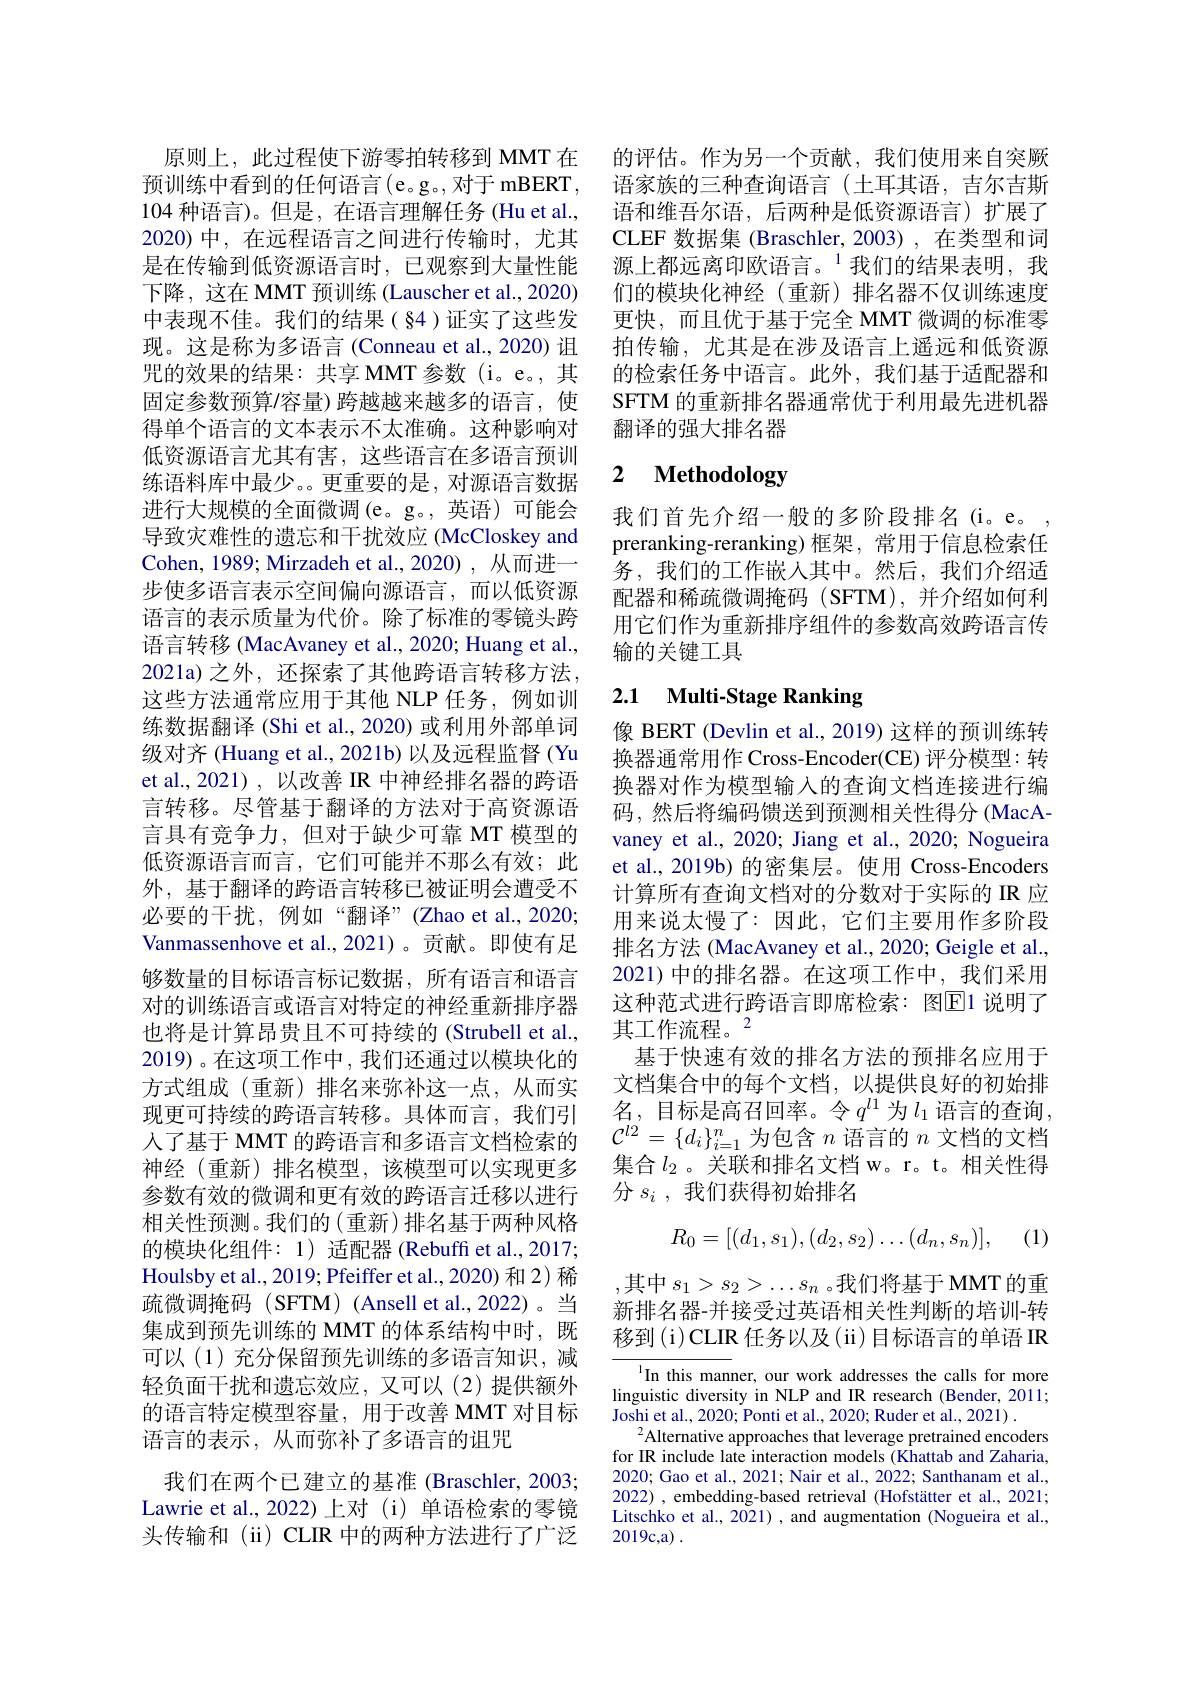
原则上，此过程使下游零拍转移到 MMT 在预训练中看到的任何语言(e。g。,对于 mBERT, 104 种语言)。但是，在语言理解任务 (Hu et al., 2020)中，在远程语言之间进行传输时，尤其是在传输到低资源语言时，已观察到大量性能下降，这在 MMT 预训练 (Lauscher et al., 2020) 中表现不佳。我们的结果(§4)证实了这些发现。这是称为多语言 (Conneau et al.,2020) 诅咒的效果的结果：共享 MMT 参数 (i。e。,其固定参数预算/容量)跨越越来越多的语言，使得单个语言的文本表示不太准确。这种影响对低资源语言尤其有害，这些语言在多语言预训练语料库中最少。更重要的是，对源语言数据进行大规模的全面微调(e。g。,英语)可能会导致灾难性的遗忘和干扰效应 (McCloskey and Cohen, 1989; Mirzadeh et al., 2020) , 从而进一步使多语言表示空间偏向源语言，而以低资源语言的表示质量为代价。除了标准的零镜头跨语言转移 (MacAvaney et al., 2020; Huang et al., 2021a)之外，还探索了其他跨语言转移方法， 这些方法通常应用于其他 NLP 任务，例如训练数据翻译 (Shi et al., 2020) 或利用外部单词级对齐 (Huang et al., 2021b) 以及远程监督 (Yu et al.,2021),以改善 IR 中神经排名器的跨语言转移。尽管基于翻译的方法对于高资源语言具有竞争力，但对于缺少可靠 MT 模型的低资源语言而言，它们可能并不那么有效；此外，基于翻译的跨语言转移已被证明会遭受不必要的干扰，例如“翻译”(Zhao et al., 2020; Vanmassenhove et al.,2021)。贡献。即使有足够数量的目标语言标记数据，所有语言和语言对的训练语言或语言对特定的神经重新排序器也将是计算昂贵且不可持续的 (Strubell et al., 2019)。在这项工作中，我们还通过以模块化的方式组成(重新)排名来弥补这一点，从而实现更可持续的跨语言转移。具体而言，我们引人了基于 MMT 的跨语言和多语言文档检索的神经(重新)排名模型，该模型可以实现更多参数有效的微调和更有效的跨语言迁移以进行相关性预测。我们的(重新)排名基于两种风格的模块化组件：1) 适配器 (Rebuffi et al.,2017; Houlsby et al. , 2019; Pfeiffer et al. , 2020) 和 2) 稀疏微调掩码(SFTM)(Ansell et al.,2022)。当集成到预先训练的 MMT 的体系结构中时，既可以(1)充分保留预先训练的多语言知识，减轻负面干扰和遗忘效应，又可以(2)提供额外的语言特定模型容量，用于改善 MMT 对目标语言的表示，从而弥补了多语言的诅咒
我们在两个已建立的基准 (Braschler, 2003; Lawrie et al.,2022) 上对 (i) 单语检索的零镜头传输和(ii) CLIR 中的两种方法进行了广泛

的评估。作为另一个贡献，我们使用来自突厥语家族的三种查询语言(土耳其语，吉尔吉斯语和维吾尔语，后两种是低资源语言)扩展了CLEF 数据集 (Braschler,2003),在类型和词源上都远离印欧语言。$^{1}$我们的结果表明，我们的模块化神经(重新)排名器不仅训练速度更快，而且优于基于完全 MMT 微调的标准零拍传输，尤其是在涉及语言上遥远和低资源的检索任务中语言。此外，我们基于适配器和SFTM 的重新排名器通常优于利用最先进机器翻译的强大排名器

# 2 Methodology

我们首先介绍一般的多阶段排名(i。e。, preranking-reranking) 框架，常用于信息检索任务，我们的工作嵌人其中。然后，我们介绍适配器和稀疏微调掩码(SFTM),并介绍如何利用它们作为重新排序组件的参数高效跨语言传输的关键工具

# 2.1 Multi-Stage Ranking

像 BERT (Devlin et al., 2019) 这样的预训练转换器通常用作 Cross-Encoder(CE) 评分模型：转换器对作为模型输入的查询文档连接进行编码，然后将编码馈送到预测相关性得分(MacAvaney et al., 2020; Jiang et al., 2020; Nogueira et al., 2019b) 的密集层。使用 Cross-Encoders 计算所有查询文档对的分数对于实际的 IR 应用来说太慢了：因此，它们主要用作多阶段排名方法 (MacAvaney et al., 2020; Geigle et al., 2021)中的排名器。在这项工作中，我们采用这种范式进行跨语言即席检索：图El1说明了其工作流程。2
基于快速有效的排名方法的预排名应用于文档集合中的每个文档，以提供良好的初始排名，目标是高召回率。令$q^l1$为$l_1$语言的查询， $\mathcal{C}^{l2}=\{d_{i}\}_{i=1}^{n}$为包含$n$语言的$n$文档的文档集合$l_2$。关联和排名文档 w。r。t。相关性得分$s_i$ ,我们获得初始排名
$$R_0=[(d_1,s_1),(d_2,s_2)\ldots(d_n,s_n)],$$
(1)

,其中 $s_1>s_2>\ldots s_n$ 。我们将基于 MMT 的重新排名器-并接受过英语相关性判断的培训-转移到(i)CLIR 任务以及(ii)目标语言的单语 IR

In this manner, our work addresses the calls for more linguistic diversity in NLP and IR research (Bender, 2011; $\bar{\text{Joshi et al., 2020; Ponti et al., 2020; Ruder et al., 2021)}}.$
$^2$Alternative approaches that leverage pretrained encoders for IR include late interaction models (Khattab and Zaharia, 2020; Gao et al., 2021; Nair et al., 2022; Santhanam et al., 2022) , embedding-based retrieval (Hofstätter et al., 2021; Litschko et al., 2021) , and augmentation (Nogueira et al., 2019c,a) .